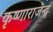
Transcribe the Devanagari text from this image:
कृष्णाराजेन्द्र